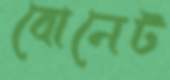
বোনেট